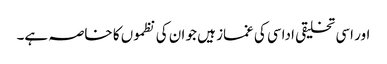
اور اسی تخلیقی اداسی کی غماز ہیں جو ان کی نظموں کا خاصہ ہے۔